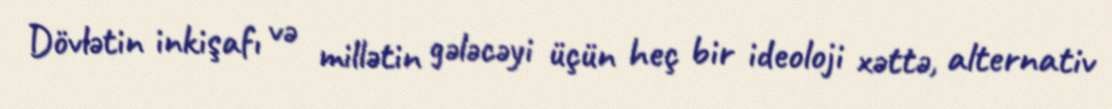
Dövlətin inkişafı və millətin gələcəyi üçün heç bir ideoloji xəttə, alternativ